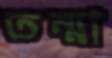
তন্মা